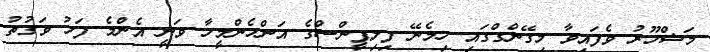
މަޝްހޫރު ވެފައިވާ މިގޭންގްގައި ހިމެނޭ ފިލިޕީންސްގެ އަންހެންމީހާ ވަނީ އެންމެ ފަހު ވަގުތު